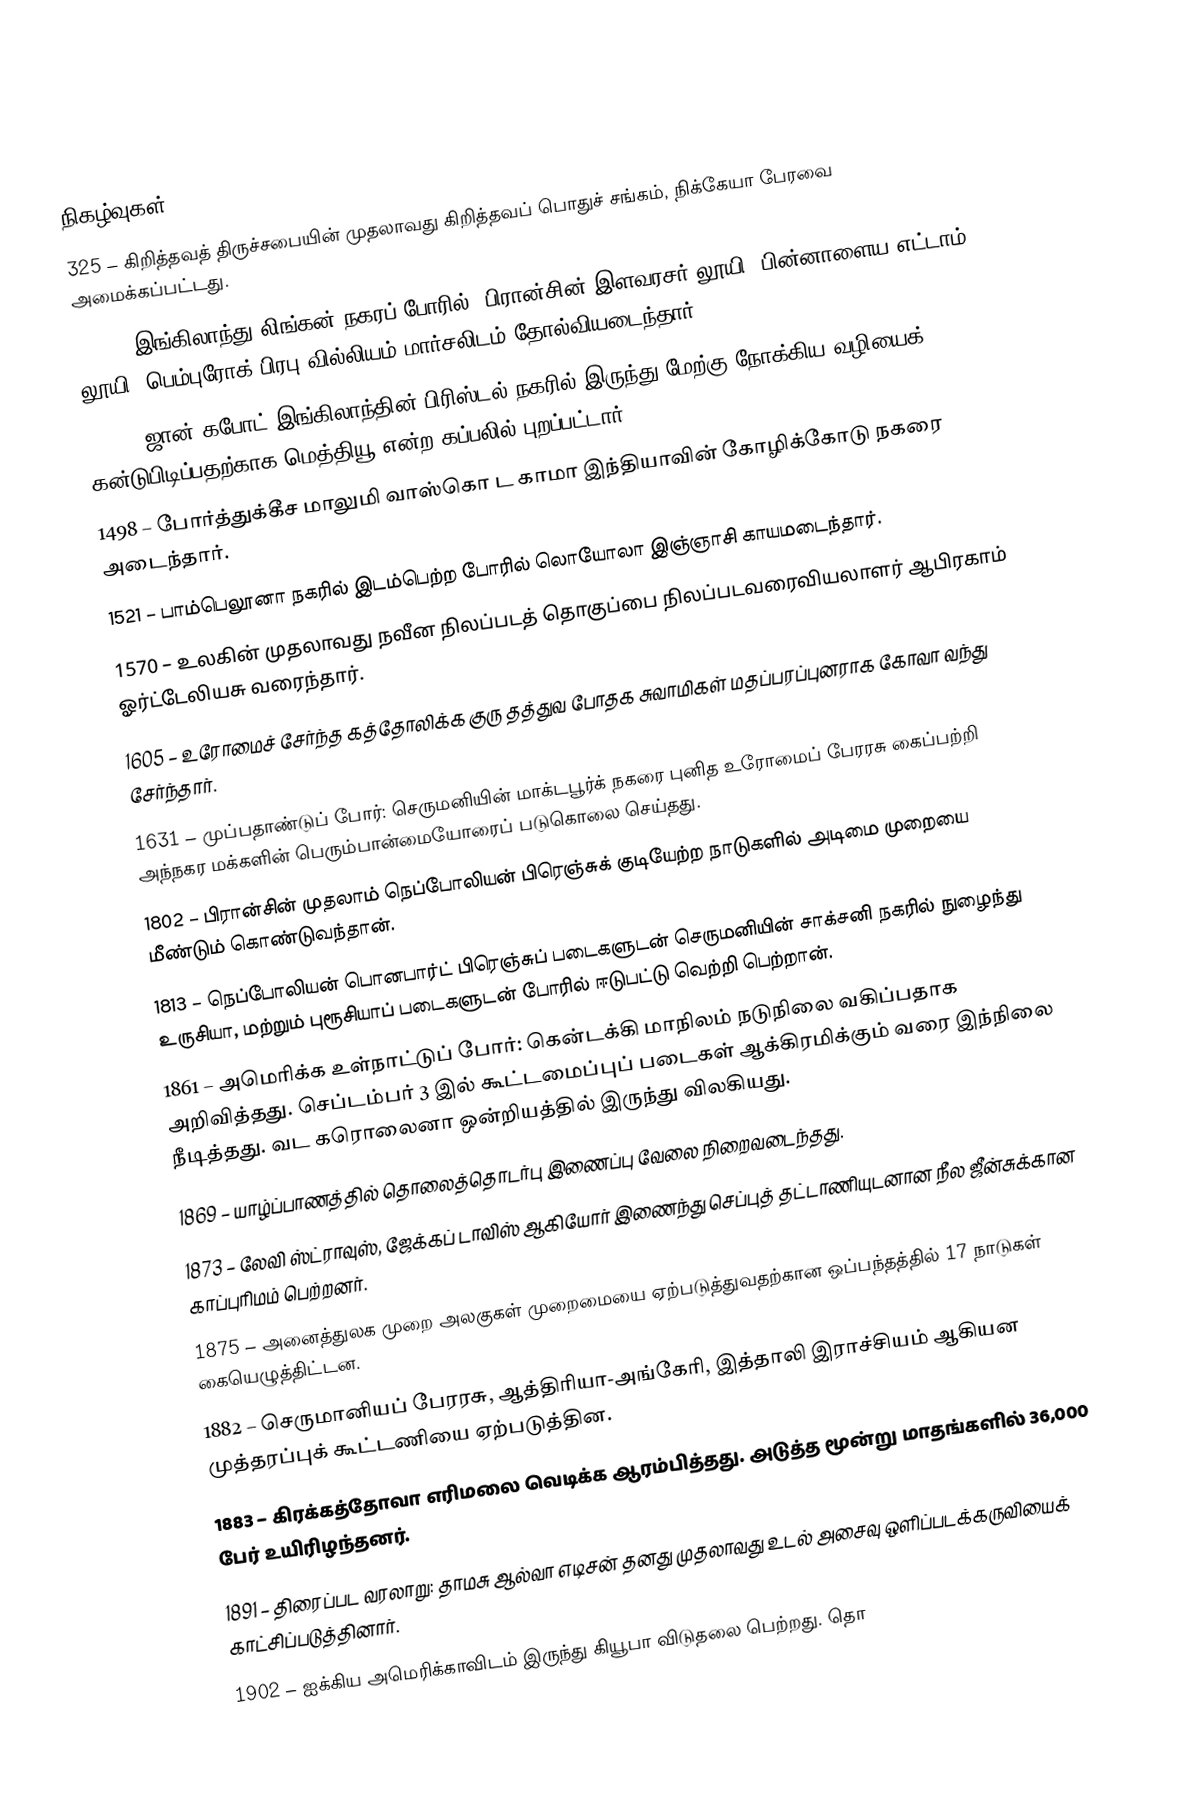

நிகழ்வுகள்
 325 – கிறித்தவத் திருச்சபையின் முதலாவது கிறித்தவப் பொதுச் சங்கம், நிக்கேயா பேரவை அமைக்கப்பட்டது.
1217 – இங்கிலாந்து லிங்கன் நகரப் போரில், பிரான்சின் இளவரசர் லூயி (பின்னாளைய எட்டாம் லூயி) பெம்புரோக் பிரபு வில்லியம் மார்சலிடம் தோல்வியடைந்தார்.
1497 – ஜான் கபோட் இங்கிலாந்தின் பிரிஸ்டல் நகரில் இருந்து மேற்கு நோக்கிய வழியைக் கன்டுபிடிப்பதற்காக மெத்தியூ என்ற கப்பலில் புறப்பட்டார்.
1498 – போர்த்துக்கீச மாலுமி வாஸ்கொ ட காமா இந்தியாவின் கோழிக்கோடு நகரை அடைந்தார்.
1521 – பாம்பெலூனா நகரில் இடம்பெற்ற போரில் லொயோலா இஞ்ஞாசி காயமடைந்தார்.
1570 – உலகின் முதலாவது நவீன நிலப்படத் தொகுப்பை நிலப்படவரைவியலாளர் ஆபிரகாம் ஓர்ட்டேலியசு வரைந்தார்.
1605 – உரோமைச் சேர்ந்த கத்தோலிக்க குரு தத்துவ போதக சுவாமிகள் மதப்பரப்புனராக கோவா வந்து சேர்ந்தார்.
1631 – முப்பதாண்டுப் போர்: செருமனியின் மாக்டபூர்க் நகரை புனித உரோமைப் பேரரசு கைப்பற்றி அந்நகர மக்களின் பெரும்பான்மையோரைப் படுகொலை செய்தது.
1802 – பிரான்சின் முதலாம் நெப்போலியன் பிரெஞ்சுக் குடியேற்ற நாடுகளில் அடிமை முறையை மீண்டும் கொண்டுவந்தான்.
1813 – நெப்போலியன் பொனபார்ட் பிரெஞ்சுப் படைகளுடன் செருமனியின் சாக்சனி நகரில் நுழைந்து உருசியா, மற்றும் புரூசியாப் படைகளுடன் போரில் ஈடுபட்டு வெற்றி பெற்றான்.
1861 – அமெரிக்க உள்நாட்டுப் போர்: கென்டக்கி மாநிலம் நடுநிலை வகிப்பதாக அறிவித்தது. செப்டம்பர் 3 இல் கூட்டமைப்புப் படைகள் ஆக்கிரமிக்கும் வரை இந்நிலை நீடித்தது. வட கரொலைனா ஒன்றியத்தில் இருந்து விலகியது.
1869 – யாழ்ப்பாணத்தில் தொலைத்தொடர்பு இணைப்பு வேலை நிறைவடைந்தது.
1873 – லேவி ஸ்ட்ராவுஸ், ஜேக்கப் டாவிஸ் ஆகியோர் இணைந்து செப்புத் தட்டாணியுடனான நீல ஜீன்சுக்கான காப்புரிமம் பெற்றனர்.
1875 – அனைத்துலக முறை அலகுகள் முறைமையை ஏற்படுத்துவதற்கான ஒப்பந்தத்தில் 17 நாடுகள் கையெழுத்திட்டன.
1882 – செருமானியப் பேரரசு, ஆத்திரியா-அங்கேரி, இத்தாலி இராச்சியம் ஆகியன முத்தரப்புக் கூட்டணியை ஏற்படுத்தின.
1883 – கிரக்கத்தோவா எரிமலை வெடிக்க ஆரம்பித்தது. அடுத்த மூன்று மாதங்களில் 36,000 பேர் உயிரிழந்தனர்.
1891 – திரைப்பட வரலாறு: தாமசு ஆல்வா எடிசன் தனது முதலாவது உடல் அசைவு ஒளிப்படக்கருவியைக் காட்சிப்படுத்தினார்.
1902 – ஐக்கிய அமெரிக்காவிடம் இருந்து கியூபா விடுதலை பெற்றது. தொ